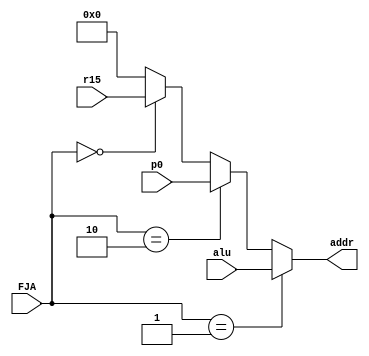
module MuxJR(alu, r15, p0, addr, FJA);
input[15:0] alu, r15, p0;

input[1:0] FJA;
output[15:0]addr;



assign addr = (FJA == 2'b01) ? alu:
	      (FJA == 2'b10) ? p0:
	      (FJA == 2'b00) ? r15 : 16'b0;

endmodule